Calcutta medical institutions reports 1879-81 [i.e.91]
Year: 1879
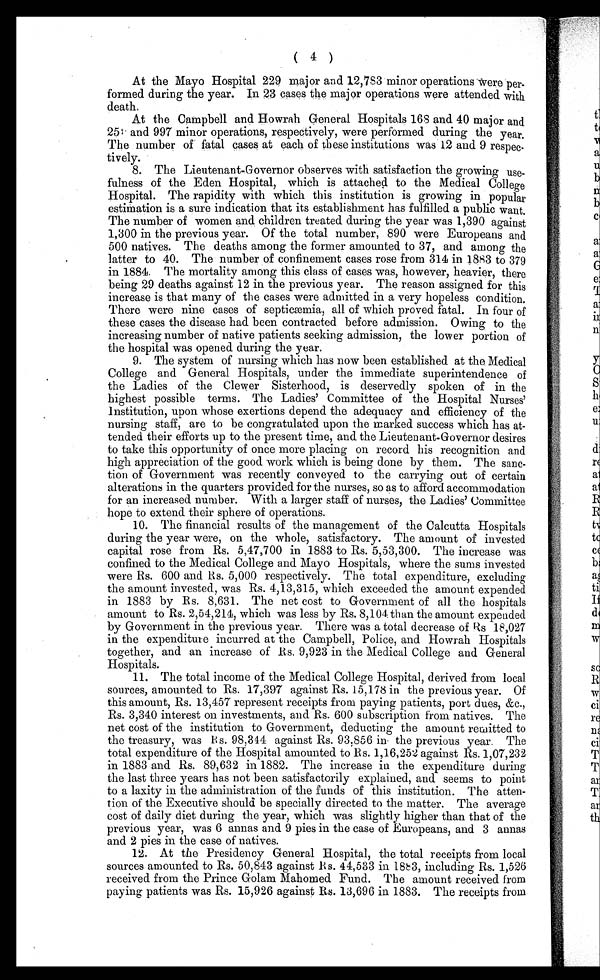
( 4 )
At the Mayo Hospital 229 major and 12,783 minor operations were per-
formed during the year. In 23 cases the major operations were attended with
death.
At the Campbell and Howrah General Hospitals 168 and 40 major and
2 5 9 a n d 9 9 7 m i n o r o p e r a t i o n s , r e s p e c t i v e l y , w e r e p e r f o r m e d d u r i n g t h e y e a r .
The number of fatal cases at each of these institutions was 12 and 9 respec-
tively.
8. The Lieutenant-Governor observes with satisfaction the growing use-
fulness of the Eden Hospital, which is attached to the Medical College
Hospital. The rapidity with which this institution is growing in popular
estimation is a sure indication that its establishment has fulfilled a public want.
The number of women and children treated during the year was 1,390 against
1,300 in the previous year. Of the total number, 890 were Europeans and
500 natives. The deaths among the former amounted to 37, and among the
latter to 40. The number of confinement cases rose from 314 in 1883 to 379
in 1884. The mortality among this class of cases was, however, heavier, there
being 29 deaths against 12 in the previous year. The reason assigned for this
increase is that many of the cases were admitted in a very hopeless condition.
There were nine cases of septicæmia, all of which proved fatal. In four of
these cases the disease had been contracted before admission. Owing to the
increasing number of native patients seeking admission, the lower portion of
the hospital was opened during the year.
9. The system of nursing which has now been established at the Medical
College and General Hospitals, under the immediate superintendence of
the Ladies of the Clewer Sisterhood, is deservedly spoken of in the
highest possible terms. The Ladies' Committee of the Hospital Nurses'
institution, upon whose exertions depend the adequacy and efficiency of the
nursing staff, are to be congratulated upon the marked success which has at-
tended their efforts up to the present time, and the Lieutenant-Governor desires
to take this opportunity of once more placing on record his recognition and
high appreciation of the good work which is being done by them. The sanc-
tion of Government was recently conveyed to the carrying out of certain
alterations in the quarters provided for the nurses, so as to afford accommodation
for an increased number. With a larger staff of nurses, the Ladies' Committee
hope to extend their sphere of operations.
10. The financial results of the management of the Calcutta Hospitals
during the year were, on the whole, satisfactory. The amount of invested
capital rose from Rs. 5,47,700 in 1883 to Rs. 5,53,300. The increase was
confined to the Medical College and Mayo Hospitals, where the sums invested
were Rs. 600 and Rs. 5,000 respectively. The total expenditure, excluding
the amount invested, was Rs. 4,13,315, which exceeded the amount expended
in 1883 by Rs. 8,631. The net cost to Government of all the hospitals
amount to Rs. 2,54,214, which was less by Rs. 8,104 than the amount expended
by Government in the previous year. There was a total decrease of Rs. 18,027
in the expenditure incurred at the Campbell, Police, and Howrah Hospitals
together, and an increase of Rs. 9,923 in the Medical College and General
Hospitals.
11. The total income of the Medical College Hospital, derived from local
sources, amounted to Rs. 17,397 against Rs. 15,178 in the previous year. Of
this amount, Rs. 13,457 represent receipts from paying patients, port dues, &c.,
Rs. 3,340 interest on investments, and Rs. 600 subscription from natives. The
net cost of the institution to Government, deducting the amount remitted to
the treasury, was Rs. 98,344 against Rs. 93,856 in the previous year. The
total expenditure of the Hospital amounted to Rs. 1,16,252 against Rs. 1,07,232
in 1883 and Rs. 89,632 in 1882. The increase in the expenditure during
the last three years has not been satisfactorily explained, and seems to point
to a laxity in the administration of the funds of this institution. The atten-
tion of the Executive should be specially directed to the matter. The average
cost of daily diet during the year, which was slightly higher than that of the
previous year, was 6 annas and 9 pies in the case of Europeans, and 3 annas
and 2 pies in the case of natives.
12. At the Presidency General Hospital, the total receipts from local
sources amounted to Rs. 50,843 against Rs. 44,533 in 1883, including Rs. 1,526
received from the Prince Golam Mahomed Fund. The amount received from
paying patients was Rs. 15,926 against Rs. 13,696 in 1883. The receipts from